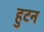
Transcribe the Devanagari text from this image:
हुटन